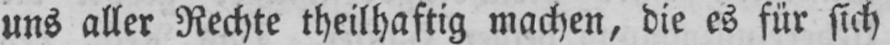
uns aller Rechte theilhaftig machen, die es für sich